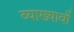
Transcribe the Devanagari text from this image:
व्याख्यावौं